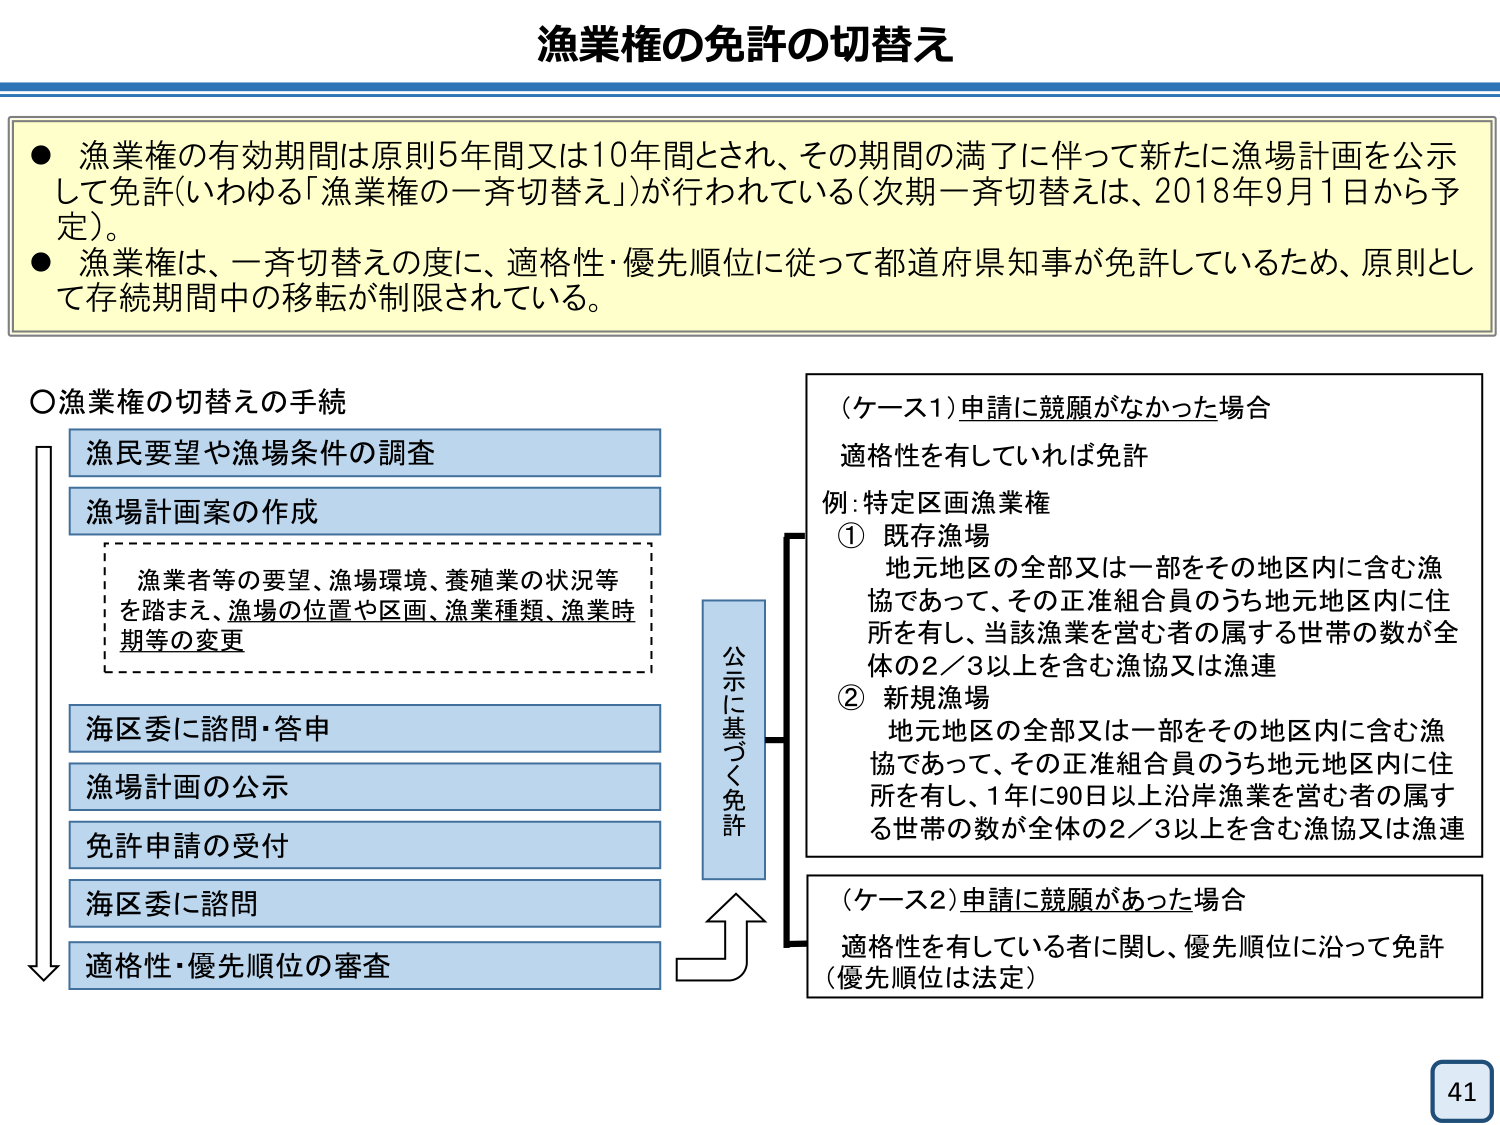
漁業権の免許の切替え

● 漁業権の有効期間は原則5年間又は10年間とされ、その期間の満了に伴って新たに漁場計画を公示して免許（いわゆる「漁業権の一斉切替え」）が行われている（次期一斉切替えは、2018年9月1日から予定）。
● 漁業権は、一斉切替えの度に、適格性・優先順位に従って都道府県知事が免許しているため、原則として存続期間中の移転が制限されている。

○漁業権の切替えの手続
漁民要望や漁場条件の調査
漁場計画案の作成
　漁業者等の要望、漁場環境、養殖業の状況等を踏まえ、漁場の位置や区画、漁業種類、漁業時期等の変更
海区委に諮問・答申
漁場計画の公示
免許申請の受付
海区委に諮問
適格性・優先順位の審査

公示に基づく免許

（ケース1）申請に競願がなかった場合
適格性を有していれば免許
例：特定区画漁業権
① 既存漁場
　地元地区の全部又は一部をその地区内に含む漁協であって、その正準組合員のうち地元地区内に住所を有し、当該漁業を営む者の属する世帯の数が全体の2／3以上を含む漁協又は漁連
② 新規漁場
　地元地区の全部又は一部をその地区内に含む漁協であって、その正準組合員のうち地元地区内に住所を有し、1年に90日以上沿岸漁業を営む者の属する世帯の数が全体の2／3以上を含む漁協又は漁連

（ケース2）申請に競願があった場合
適格性を有している者に関して、優先順位に沿って免許（優先順位は法定）

41